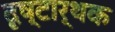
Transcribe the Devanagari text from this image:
दृष्टार्थक